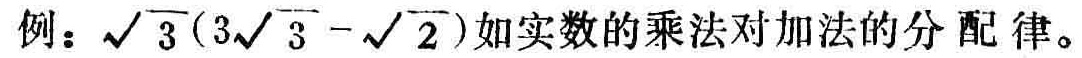
例：$\sqrt{3}(3\sqrt{3}-\sqrt{2})$如实数的乘法对加法的分配律。